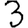
Digit: 3